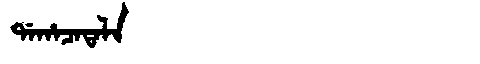
Manchu: ᡩᠠᡥᠠᠴᠠᡨᠠᠯᠠ
Romanization: DAHACATALA